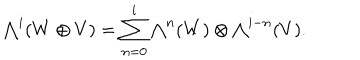
{ \textstyle \bigwedge ^ { i } } ( W \oplus V ) = \sum _ { n = 0 } ^ { i } { \textstyle \bigwedge ^ { n } ( W ) \otimes \bigwedge ^ { i - n } } ( V ) .